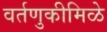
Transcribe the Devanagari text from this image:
वर्तणुकीमिळे